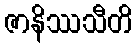
ဇာနိဿသီတိ